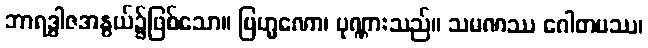
ဘာရဒွါဇအနွယ်၌ဖြစ်သော။ ဗြဟ္မဏော၊ ပုဏ္ဏားသည်။ သမဏဿ ဂေါတမဿ၊